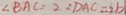
\angle B A C = 2 \angle D A C = 2 b